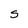
Character: S